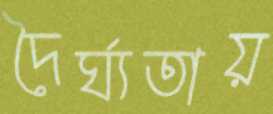
দৈর্ঘ্যতায়